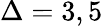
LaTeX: \Delta=3,5